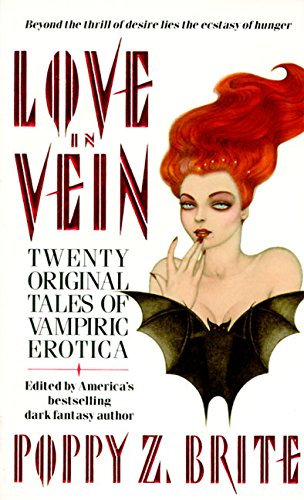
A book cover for Love in Vein; Poppy Z. Brite; Romance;